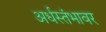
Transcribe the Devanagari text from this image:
अर्धस्तंभावर